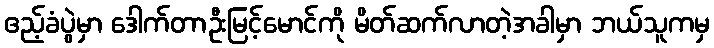
ဧည့်ခံပွဲမှာ ဒေါက်တာဦးမြင့်မောင်ကို မိတ်ဆက်လာတဲ့အခါမှာ ဘယ်သူကမှ